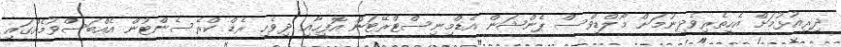
ދިރިއުޅުމަށް އެހީތެރިވެދިނުމަށް މޯލްޑިވްސް ޕެންޝަން އެޑްމިނިސްޓްރޭޓަން އޮފީހާއި ދިވެހި ރެޑް ކްރެސެންޓުން އެއްބަސްވުމެއްގައި